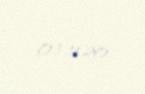
03.11.20